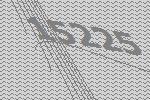
15225